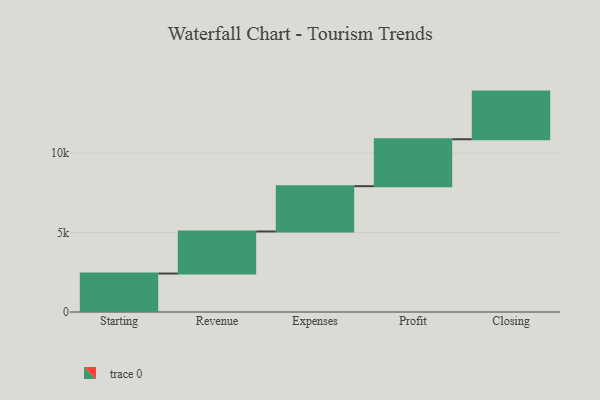
{"axis": {"x": "Step", "y": "Value"}, "legend": [""], "data": [{"x": "Starting", "y": 2421.0, "type": ""}, {"x": "Revenue", "y": 2650.0, "type": ""}, {"x": "Expenses", "y": 2852.0, "type": ""}, {"x": "Profit", "y": 2956.0, "type": ""}, {"x": "Closing", "y": 3000, "type": ""}]}